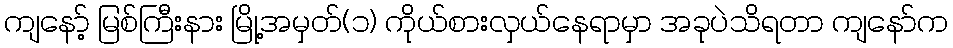
ကျနော့် မြစ်ကြီးနား မြို့အမှတ်(၁) ကိုယ်စားလှယ်နေရာမှာ အခုပဲသိရတာ ကျနော်က